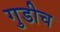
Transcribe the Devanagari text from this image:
गुडीच